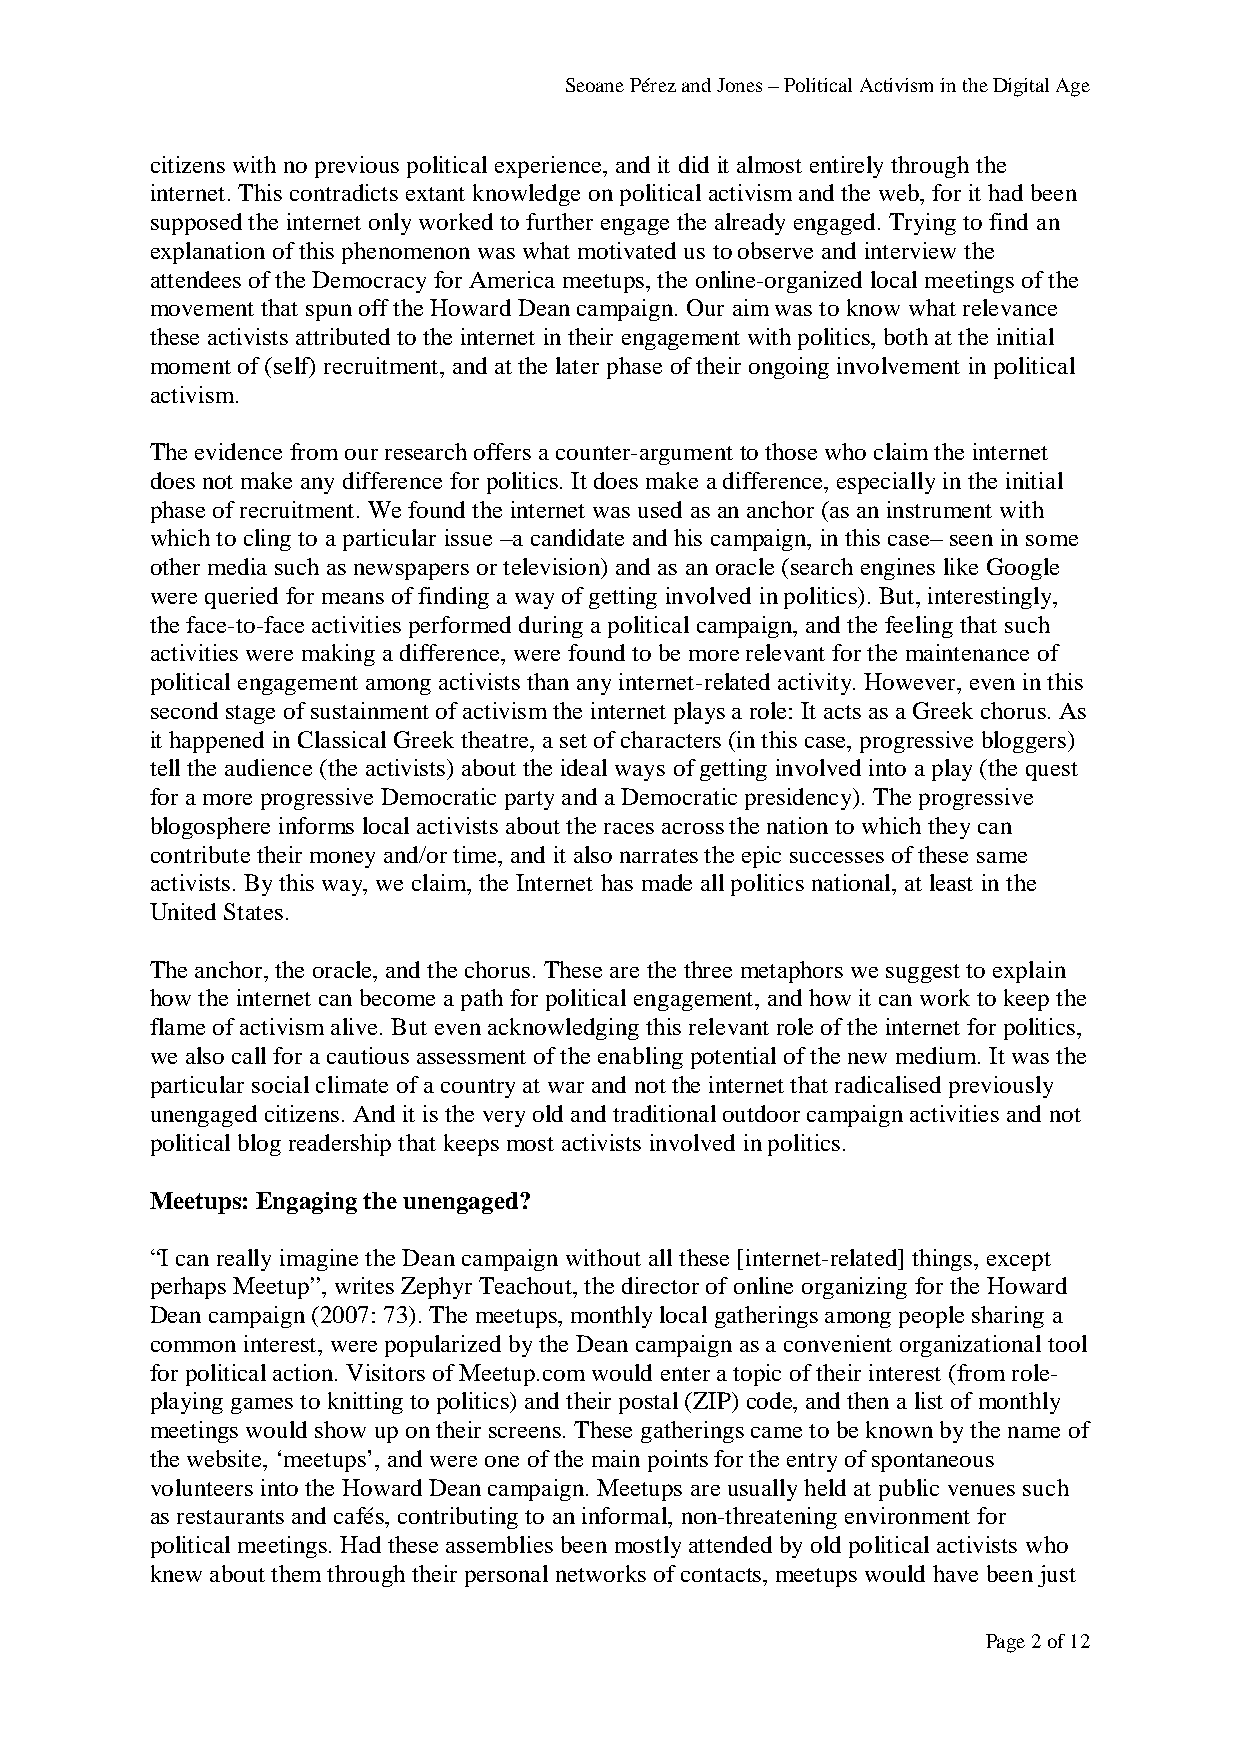
Seoane Pérez and Jones – Political Activism in the Digital Age
 citizens with no previous political experience, and it did it almost entirely through the
 internet. This contradicts extant knowledge on political activism and the web, for it had been
 supposed the internet only worked to further engage the already engaged. Trying to find an
 explanation of this phenomenon was what motivated us to observe and interview the
 attendees of the Democracy for America meetups, the online-organized local meetings of the
 movement that spun off the Howard Dean campaign. Our aim was to know what relevance
 these activists attributed to the internet in their engagement with politics, both at the initial
 moment of (self) recruitment, and at the later phase of their ongoing involvement in political
 activism.
 The evidence from our research offers a counter-argument to those who claim the internet
 does not make any difference for politics. It does make a difference, especially in the initial
 phase of recruitment. We found the internet was used as an anchor (as an instrument with
 which to cling to a particular issue –a candidate and his campaign, in this case– seen in some
 other media such as newspapers or television) and as an oracle (search engines like Google
 were queried for means of finding a way of getting involved in politics). But, interestingly,
 the face-to-face activities performed during a political campaign, and the feeling that such
 activities were making a difference, were found to be more relevant for the maintenance of
 political engagement among activists than any internet-related activity. However, even in this
 second stage of sustainment of activism the internet plays a role: It acts as a Greek chorus. As
 it happened in Classical Greek theatre, a set of characters (in this case, progressive bloggers)
 tell the audience (the activists) about the ideal ways of getting involved into a play (the quest
 for a more progressive Democratic party and a Democratic presidency). The progressive
 blogosphere informs local activists about the races across the nation to which they can
 contribute their money and/or time, and it also narrates the epic successes of these same
 activists. By this way, we claim, the Internet has made all politics national, at least in the
 United States.
 The anchor, the oracle, and the chorus. These are the three metaphors we suggest to explain
 how the internet can become a path for political engagement, and how it can work to keep the
 flame of activism alive. But even acknowledging this relevant role of the internet for politics,
 we also call for a cautious assessment of the enabling potential of the new medium. It was the
 particular social climate of a country at war and not the internet that radicalised previously
 unengaged citizens. And it is the very old and traditional outdoor campaign activities and not
 political blog readership that keeps most activists involved in politics.
 Meetups: Engaging the unengaged?
 “I can really imagine the Dean campaign without all these [internet-related] things, except
 perhaps Meetup”, writes Zephyr Teachout, the director of online organizing for the Howard
 Dean campaign (2007: 73). The meetups, monthly local gatherings among people sharing a
 common interest, were popularized by the Dean campaign as a convenient organizational tool
 for political action. Visitors of Meetup.com would enter a topic of their interest (from role-
 playing games to knitting to politics) and their postal (ZIP) code, and then a list of monthly
 meetings would show up on their screens. These gatherings came to be known by the name of
 the website, ‘meetups’, and were one of the main points for the entry of spontaneous
 volunteers into the Howard Dean campaign. Meetups are usually held at public venues such
 as restaurants and cafés, contributing to an informal, non-threatening environment for
 political meetings. Had these assemblies been mostly attended by old political activists who
 knew about them through their personal networks of contacts, meetups would have been just
 Page 2 of 12